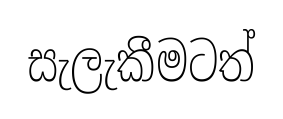
සැලැකීමටත්